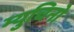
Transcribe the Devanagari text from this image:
म्युचिनो